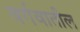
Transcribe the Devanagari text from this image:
वर्गवातील